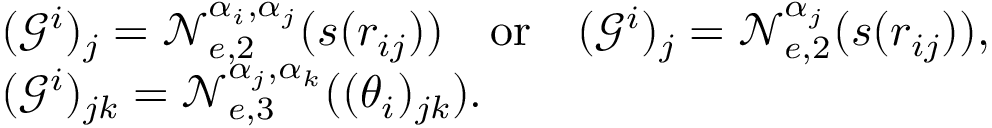
\begin{array} { r l } & { ( \mathcal { G } ^ { i } ) _ { j } = \mathcal { N } _ { e , 2 } ^ { \alpha _ { i } , \alpha _ { j } } ( s ( r _ { i j } ) ) \quad \mathrm { o r } \quad ( \mathcal { G } ^ { i } ) _ { j } = \mathcal { N } _ { e , 2 } ^ { \alpha _ { j } } ( s ( r _ { i j } ) ) , } \\ & { ( \mathcal { G } ^ { i } ) _ { j k } = \mathcal { N } _ { e , 3 } ^ { \alpha _ { j } , \alpha _ { k } } ( ( \theta _ { i } ) _ { j k } ) . } \end{array}